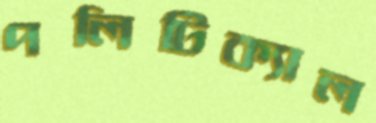
পলিটিক্যাল